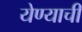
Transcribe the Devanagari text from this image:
येण्‍याची